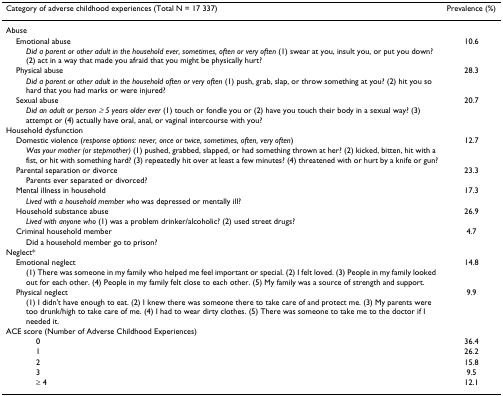
<table><thead><tr><td><b>Category of adverse childhood experiences (Total N = 17 337)</b></td><td><b>Prevalence (%)</b></td></tr></thead><tbody><tr><td>Abuse</td><td></td></tr><tr><td> Emotional abuse</td><td>10.6</td></tr><tr><td><i>Did a parent or other adult in the household ever, sometimes, often or very often </i>(1) swear at you, insult you, or put you down? (2) act in a way that made you afraid that you might be physically hurt?</td><td></td></tr><tr><td> Physical abuse</td><td>28.3</td></tr><tr><td><i>Did a parent or other adult in the household often or very often </i>(1) push, grab, slap, or throw something at you? (2) hit you so hard that you had marks or were injured?</td><td></td></tr><tr><td> Sexual abuse</td><td>20.7</td></tr><tr><td><i>Did an adult or person ≥ 5 years older ever </i>(1) touch or fondle you or (2) have you touch their body in a sexual way? (3) attempt or (4) actually have oral, anal, or vaginal intercourse with you?</td><td></td></tr><tr><td>Household dysfunction</td><td></td></tr><tr><td> Domestic violence (<i>response options: never, once or twice, sometimes, often, very often</i>)</td><td>12.7</td></tr><tr><td><i>Was your mother (or stepmother) </i>(1) pushed, grabbed, slapped, or had something thrown at her? (2) kicked, bitten, hit with a fist, or hit with something hard? (3) repeatedly hit over at least a few minutes? (4) threatened with or hurt by a knife or gun?</td><td></td></tr><tr><td> Parental separation or divorce</td><td>23.3</td></tr><tr><td>Parents ever separated or divorced?</td><td></td></tr><tr><td> Mental illness in household</td><td>17.3</td></tr><tr><td><i>Lived with a household member who </i>was depressed or mentally ill?</td><td></td></tr><tr><td> Household substance abuse</td><td>26.9</td></tr><tr><td><i>Lived with anyone who </i>(1) was a problem drinker/alcoholic? (2) used street drugs?</td><td></td></tr><tr><td> Criminal household member</td><td>4.7</td></tr><tr><td>Did a household member go to prison?</td><td></td></tr><tr><td>Neglect*</td><td></td></tr><tr><td> Emotional neglect</td><td>14.8</td></tr><tr><td>(1) There was someone in my family who helped me feel important or special. (2) I felt loved. (3) People in my family looked out for each other. (4) People in my family felt close to each other. (5) My family was a source of strength and support.</td><td></td></tr><tr><td> Physical neglect</td><td>9.9</td></tr><tr><td>(1) I didn&#x27;t have enough to eat. (2) I knew there was someone there to take care of and protect me. (3) My parents were too drunk/high to take care of me. (4) I had to wear dirty clothes. (5) There was someone to take me to the doctor if I needed it.</td><td></td></tr><tr><td>ACE score (Number of Adverse Childhood Experiences)</td><td></td></tr><tr><td>0</td><td>36.4</td></tr><tr><td>1</td><td>26.2</td></tr><tr><td>2</td><td>15.8</td></tr><tr><td>3</td><td>9.5</td></tr><tr><td>≥ 4</td><td>12.1</td></tr></tbody></table>